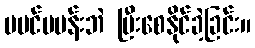
မပင်မပန်းဘဲ ပြီးစေနိုင်ခဲ့ခြင်း။